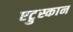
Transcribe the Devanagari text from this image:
एट्रुस्कान